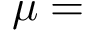
\mu =